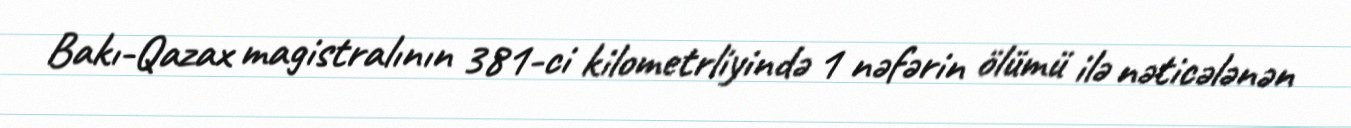
Bakı-Qazax magistralının 381-ci kilometrliyində 1 nəfərin ölümü ilə nəticələnən